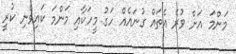
މަންމަ އަށް ވުރެ އެތައް ގުނައެއް ހަގު މީހަކާއި މަންމަ ކައިވެނި ކުރީ